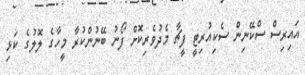
އައިރިސް ސްކޭނިން ސެކިއުރިޓީ ފީޗާ މެދުވެރިކޮށް ފޯނު ބޭނުންކުރާ މީހާގެ ލޮލުގެ ކަޅި